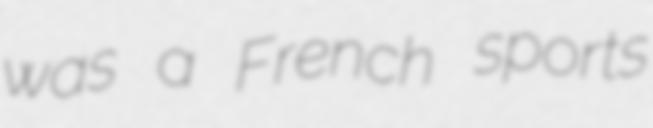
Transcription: was a French sports